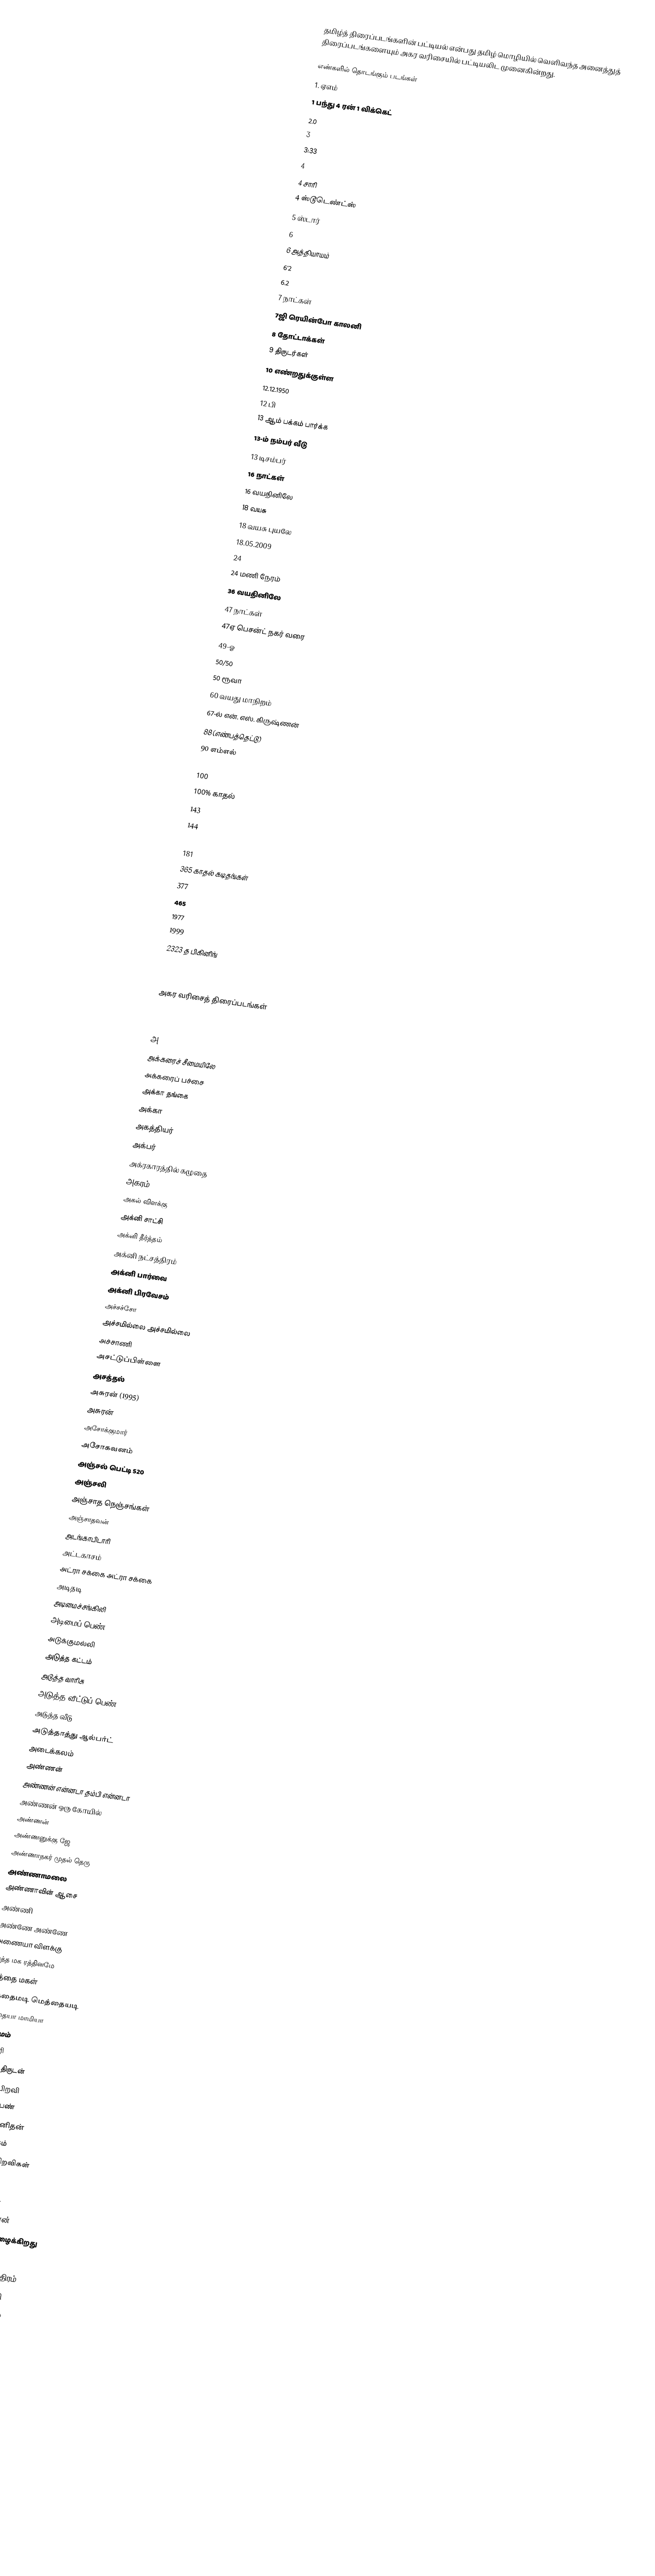
தமிழ்த் திரைப்படங்களின் பட்டியல் என்பது தமிழ் மொழியில் வெளிவந்த அனைத்துத் திரைப்படங்களையும் அகர வரிசையில் பட்டியலிட முனைகின்றது.

எண்களில் தொடங்கும் படங்கள்
 1.  ஏஎம்
 1 பந்து 4 ரன் 1 விக்கெட்
 2.0
 3
 3:33
 4
 4 சாரி
 4 ஸ்டூடெண்ட்ஸ்
 5 ஸ்டார்
 6
 6 அத்தியாயம்
 6'2
 6.2
 7 நாட்கள்
 7ஜி ரெயின்போ காலனி
 8 தோட்டாக்கள்
 9 திருடர்கள்
 10 எண்றதுக்குள்ள
 12.12.1950
 12 பி
 13 ஆம் பக்கம் பார்க்க
 13-ம் நம்பர் வீடு
 13 டிசம்பர்
 16 நாட்கள்
 16 வயதினிலே
 18 வயசு
 18 வயசு புயலே
 18.05.2009
 24
 24 மணி நேரம்
 36 வயதினிலே
 47 நாட்கள்
 47ஏ பெசன்ட் நகர் வரை
 49-ஓ
 50/50
 50 ரூவா
 60 வயது மாநிறம்
 67-ல் என். எஸ். கிருஷ்ணன்
 88 (எண்பத்தெட்டு)
 90 எம்எல்
 96
 100
 100% காதல்
 143
 144
 180
 181
 365 காதல் கடிதங்கள்
 377
 465
 1977
 1999
 2323 த பிகினிங்
 4554
 54321

அகர வரிசைத் திரைப்படங்கள்

அ
 அக்கரைச் சீமையிலே
 அக்கரைப் பச்சை
 அக்கா தங்கை
 அக்கா
 அகத்தியர்
 அக்பர்
 அக்ரகாரத்தில் கழுதை
 அகரம்
 அகல் விளக்கு
 அக்னி சாட்சி
 அக்னி தீர்த்தம்
 அக்னி நட்சத்திரம்
 அக்னி பார்வை
 அக்னி பிரவேசம்
 அச்சச்சோ
 அச்சமில்லை அச்சமில்லை
 அச்சாணி
 அசட்டுப்பிள்ளை
 அசத்தல்
 அசுரன் (1995)
 அசுரன்
 அசோக்குமார்
 அசோகவனம்
 அஞ்சல் பெட்டி 520
 அஞ்சலி
 அஞ்சாத நெஞ்சங்கள்
 அஞ்சாதவன்
 அடங்காபிடாரி
 அட்டகாசம்
 அட்ரா சக்கை அட்ரா சக்கை
 அடிதடி
 அடிமைச்சங்கிலி
 அடிமைப் பெண்
 அடுக்குமல்லி
 அடுத்த கட்டம்
 அடுத்த வாரிசு
 அடுத்த வீட்டுப் பெண்
 அடுத்த வீடு
 அடுத்தாத்து ஆல்பர்ட்
 அடைக்கலம்
 அண்ணன்
 அண்ணன் என்னடா தம்பி என்னடா
 அண்ணன் ஒரு கோயில்
 அண்ணன்
 அண்ணனுக்கு ஜே
 அண்ணாநகர் முதல் தெரு
 அண்ணாமலை
 அண்ணாவின் ஆசை
 அண்ணி
 அண்ணே அண்ணே
 அணையா விளக்கு
 அத்த மக ரத்தினமே
 அத்தை மகள்
 அத்தைமடி மெத்தையடி
 அத்தையா மாமியா
 அதர்மம்
 அதிகாரி
 அதிசய திருடன்
 அதிசய பிறவி
 அதிசய பெண்
 அதிசய மனிதன்
 அதிசய ராகம்
 அதிசயப் பிறவிகள்
 அதிபதி
 அதிரடிப்படை
 அதிர்ஷ்டக்காரன்
 அதிர்ஷ்டம் அழைக்கிறது
 அதிர்ஷ்டம்
 அதிருஷ்ட நட்சத்திரம்
 அதிரூப அமராவதி
 அது ஒரு கனாக்காலம்
 அது
 அதே கண்கள்
 அதே மனிதன்
 அதை விட ரகசியம்
 அந்த 7 நாட்கள்
 அந்த உறவுக்கு சாட்சி
 அந்த ஒரு நிமிடம்
 அந்த சில நாட்கள்
 அந்த நாள்
 அந்த நாள் ஞாபகம்
 அந்த ராத்திரிக்கு ச